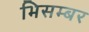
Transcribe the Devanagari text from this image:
भिसम्बर